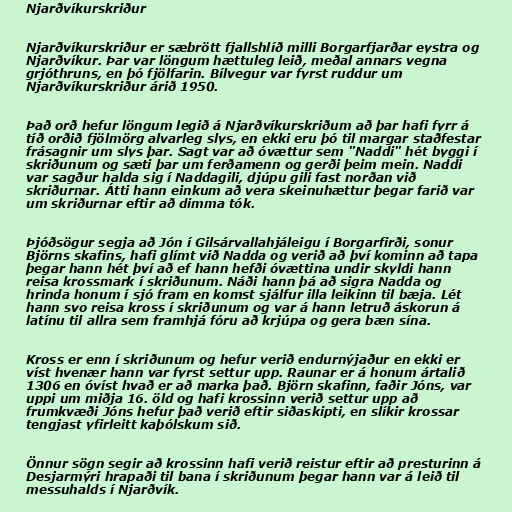
Njarðvíkurskriður

Njarðvíkurskriður er sæbrött fjallshlíð milli Borgarfjarðar eystra og
Njarðvíkur. Þar var löngum hættuleg leið, meðal annars vegna
grjóthruns, en þó fjölfarin. Bílvegur var fyrst ruddur um
Njarðvíkurskriður árið 1950.

Það orð hefur löngum legið á Njarðvíkurskriðum að þar hafi fyrr á
tíð orðið fjölmörg alvarleg slys, en ekki eru þó til margar staðfestar
frásagnir um slys þar. Sagt var að óvættur sem "Naddi" hét byggi í
skriðunum og sæti þar um ferðamenn og gerði þeim mein. Naddi
var sagður halda sig í Naddagili, djúpu gili fast norðan við
skriðurnar. Átti hann einkum að vera skeinuhættur þegar farið var
um skriðurnar eftir að dimma tók.

Þjóðsögur segja að Jón í Gilsárvallahjáleigu í Borgarfirði, sonur
Björns skafins, hafi glímt við Nadda og verið að því kominn að tapa
þegar hann hét því að ef hann hefði óvættina undir skyldi hann
reisa krossmark í skriðunum. Náði hann þá að sigra Nadda og
hrinda honum í sjó fram en komst sjálfur illa leikinn til bæja. Lét
hann svo reisa kross í skriðunum og var á hann letruð áskorun á
latínu til allra sem framhjá fóru að krjúpa og gera bæn sína.

Kross er enn í skriðunum og hefur verið endurnýjaður en ekki er
víst hvenær hann var fyrst settur upp. Raunar er á honum ártalið
1306 en óvíst hvað er að marka það. Björn skafinn, faðir Jóns, var
uppi um miðja 16. öld og hafi krossinn verið settur upp að
frumkvæði Jóns hefur það verið eftir siðaskipti, en slíkir krossar
tengjast yfirleitt kaþólskum sið.

Önnur sögn segir að krossinn hafi verið reistur eftir að presturinn á
Desjarmýri hrapaði til bana í skriðunum þegar hann var á leið til
messuhalds í Njarðvík.